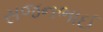
સજનભાઈ